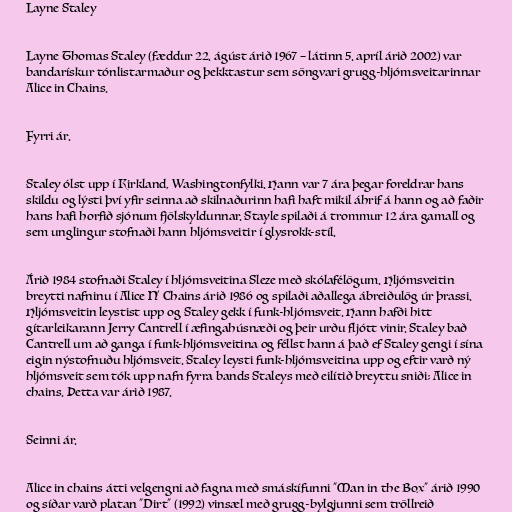
Layne Staley

Layne Thomas Staley (fæddur 22. ágúst árið 1967 – látinn 5. apríl árið 2002) var
bandarískur tónlistarmaður og þekktastur sem söngvari grugg-hljómsveitarinnar
Alice in Chains.

Fyrri ár.

Staley ólst upp í Kirkland, Washingtonfylki. Hann var 7 ára þegar foreldrar hans
skildu og lýsti því yfir seinna að skilnaðurinn hafi haft mikil áhrif á hann og að faðir
hans hafi horfið sjónum fjölskyldunnar. Stayle spilaði á trommur 12 ára gamall og
sem unglingur stofnaði hann hljómsveitir í glysrokk-stíl.

Árið 1984 stofnaði Staley í hljómsveitina Sleze með skólafélögum. Hljómsveitin
breytti nafninu í Alice N' Chains árið 1986 og spilaði aðallega ábreiðulög úr þrassi.
Hljómsveitin leystist upp og Staley gekk í funk-hljómsveit. Hann hafði hitt
gítarleikarann Jerry Cantrell í æfingahúsnæði og þeir urðu fljótt vinir. Staley bað
Cantrell um að ganga í funk-hljómsveitina og féllst hann á það ef Staley gengi í sína
eigin nýstofnuðu hljómsveit. Staley leysti funk-hljómsveitina upp og eftir varð ný
hljómsveit sem tók upp nafn fyrra bands Staleys með eilítið breyttu sniði; Alice in
chains. Þetta var árið 1987.

Seinni ár.

Alice in chains átti velgengni að fagna með smáskífunni "Man in the Box" árið 1990
og síðar varð platan "Dirt" (1992) vinsæl með grugg-bylgjunni sem tröllreið